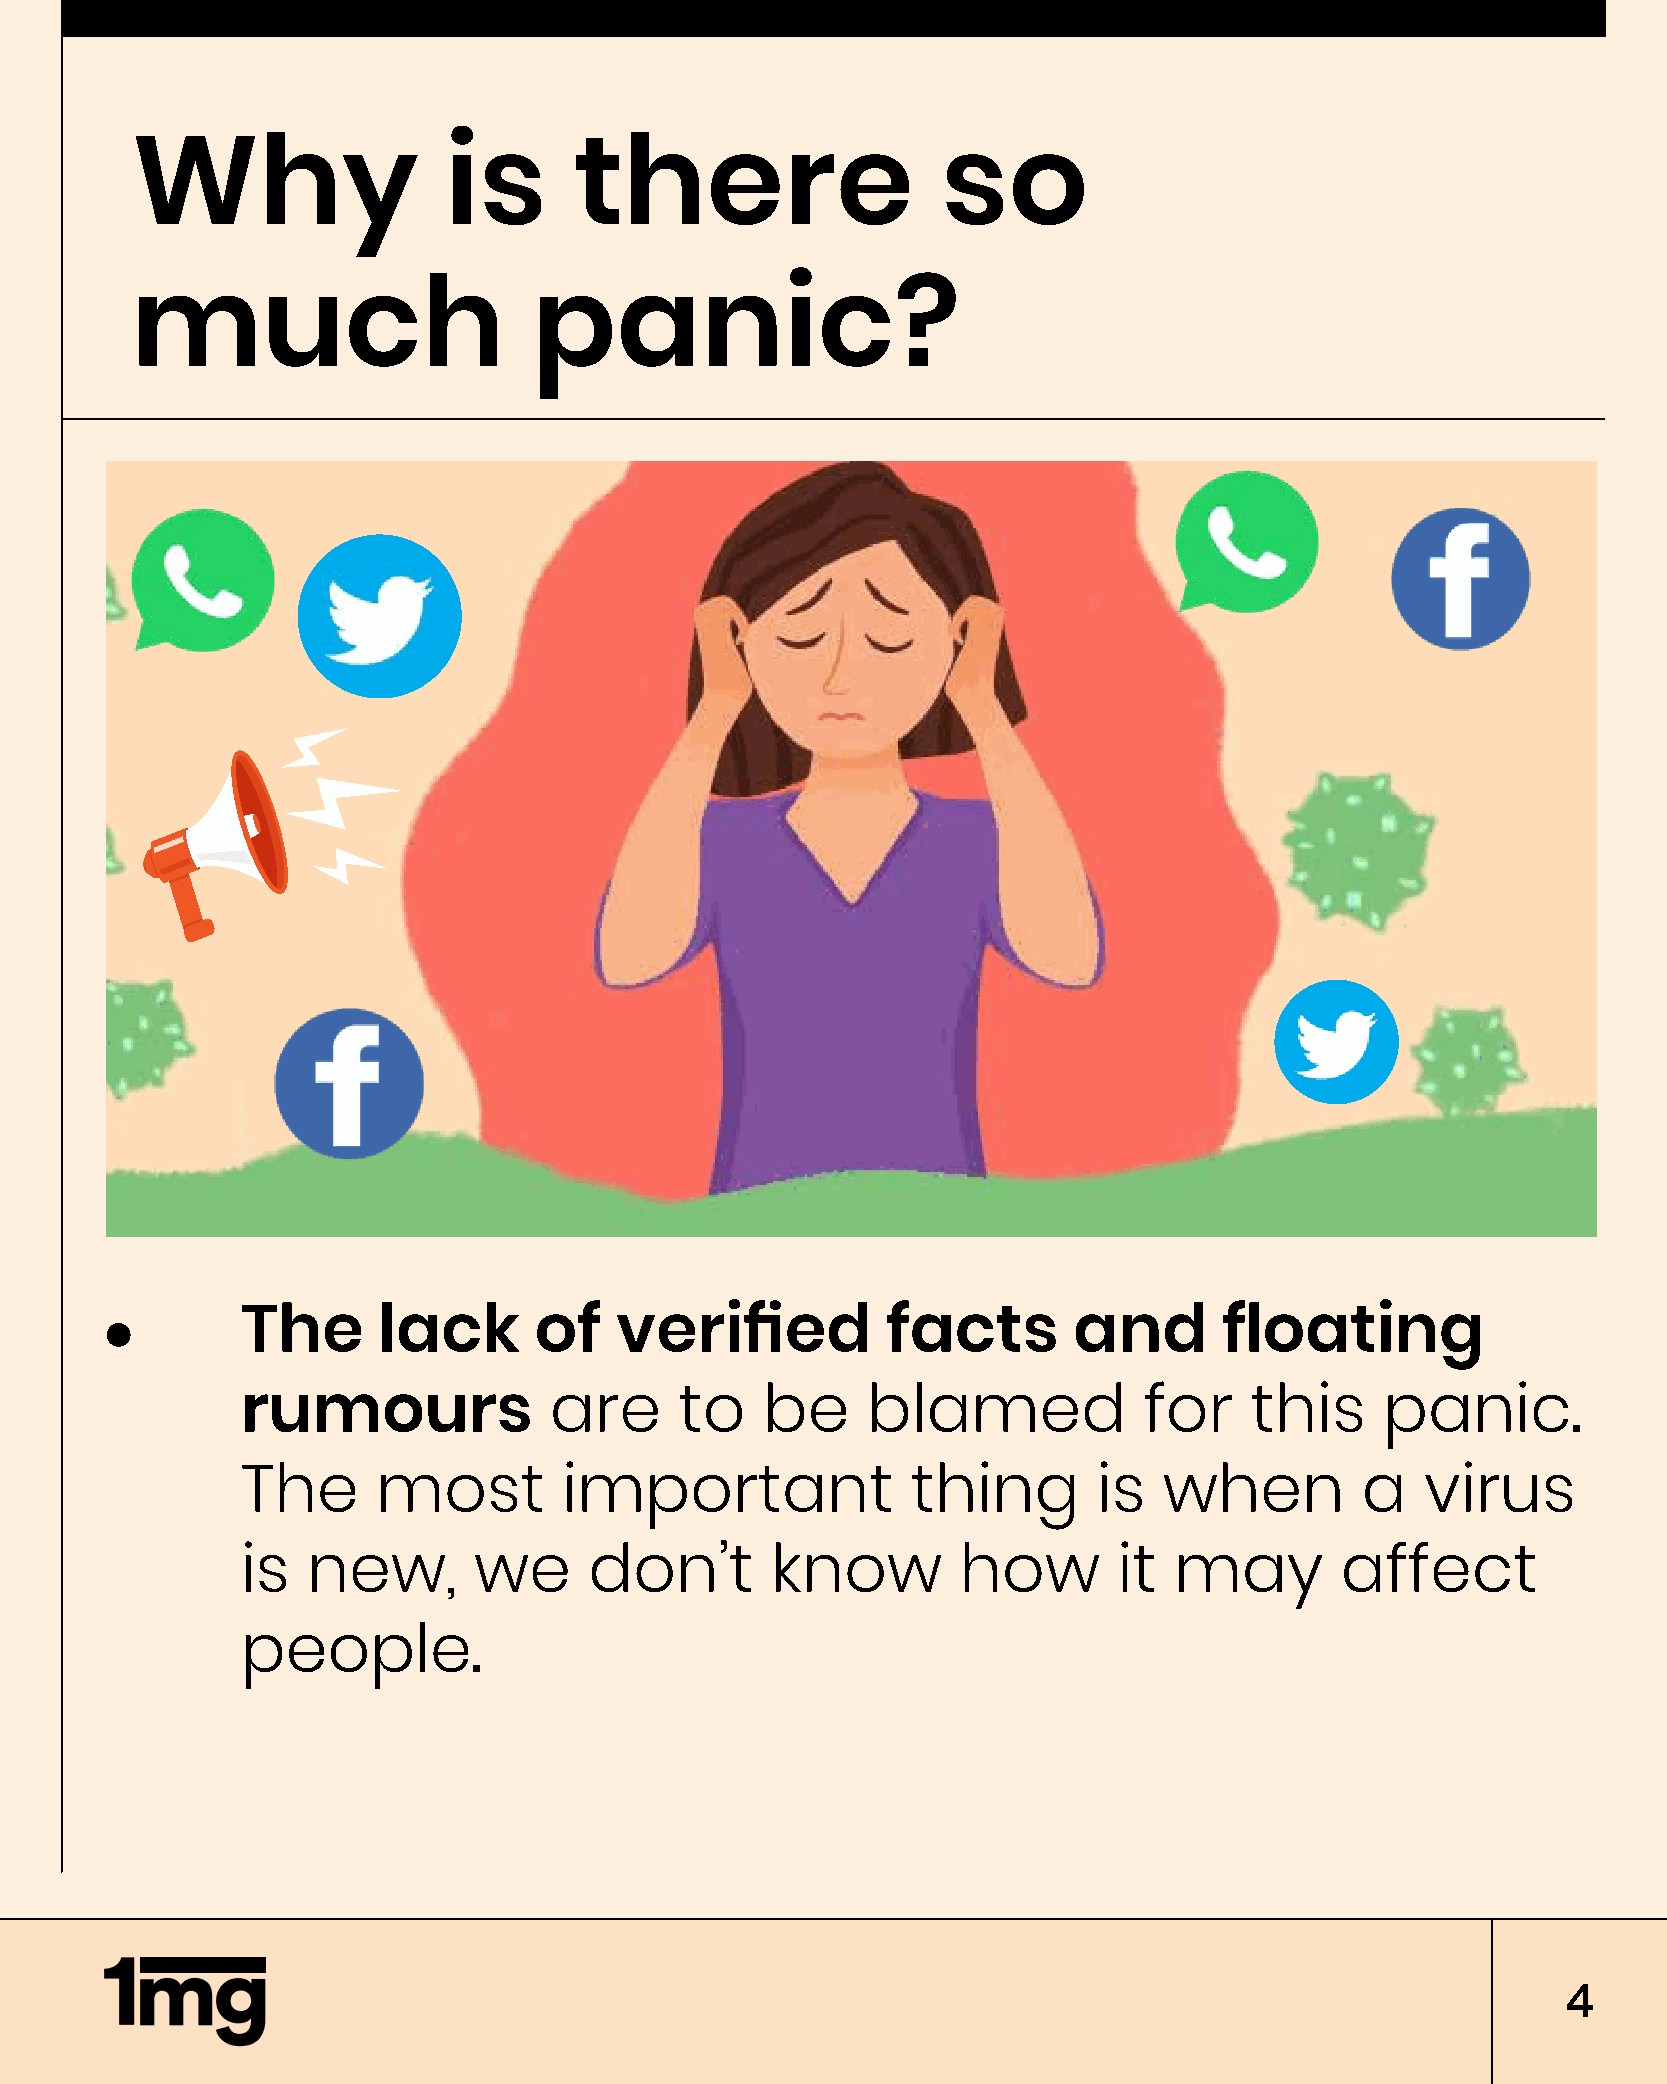
Why                 is       there                   so
 much                      panic?
 The      lack      of    verified          facts       and       floating
 rumours             are      to   be     blamed             for    this     panic.
 The      most        important              thing        is  when         a   virus
 is  new,       we      don’t       know         how       it  may        affect
 people.
 4